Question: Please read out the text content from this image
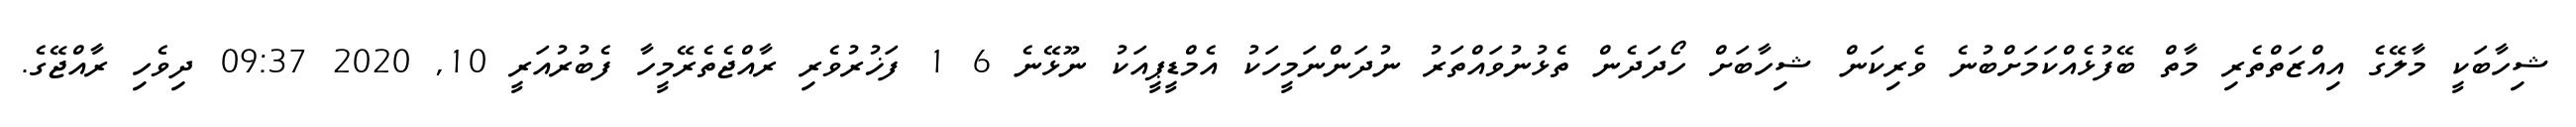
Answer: ޝިހާބަކީ މާލޭގެ އިއްޒަތްތެރި މާތް ބޭފުޅެއްކަމަށްބުނެ ވެރިކަން ޝިހާބަށް ހޯދަދެން ތެޅުނުވައްތަރު ނުދަންނަމީހަކު އެމްޑީޕީއަކު ނޫޅޭނެ 6 1 ފަޚުރުވެރި ރާއްޖެތެރޭމީހާ ފެބުރުއަރީ 10, 2020 09:37 ދިވެހި ރާއްޖޭގެ.